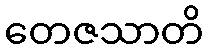
တေဇသာတိ